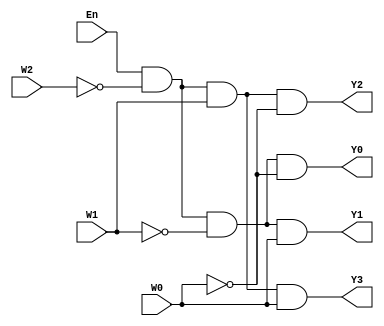
module Decoder2to4 (En, W2, W1, W0, Y0, Y1, Y2, Y3);
	input En, W2, W1, W0;
	output Y0, Y1, Y2, Y3;
	assign Y0 = (En &(~W2) & (~W1) & (~W0)),
	       Y1 = (En & (~W2) & (~W1) & W0),
			 Y2 = (En & (~W2) & W1 & (~W0)),
			 Y3 = (En & (~W2) & W1 & W0);
endmodule